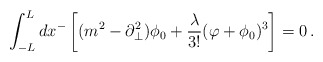
\begin{align*}\int^{L}_{-L}d x^- \left[(m^2- \partial_{\bot}^2)\phi_0 + \frac{\lambda}{3!}(\varphi+\phi_0)^3\right] = 0\,.\end{align*}